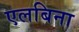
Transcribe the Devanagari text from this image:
एलबिना